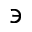
\backepsilon